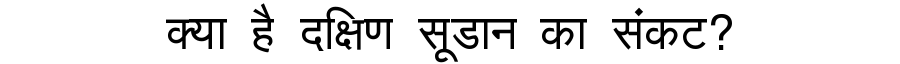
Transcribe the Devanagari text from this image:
क्या है दक्षिण सूडान का संकट?